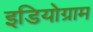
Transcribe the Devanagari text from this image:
इडियोग्राम